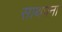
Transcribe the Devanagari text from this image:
साथपना